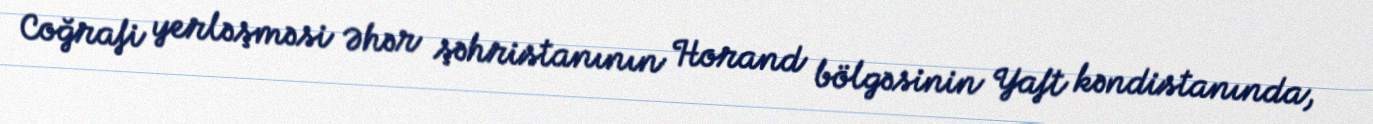
Coğrafi yerləşməsi Əhər şəhristanının Horand bölgəsinin Yaft kəndistanında,